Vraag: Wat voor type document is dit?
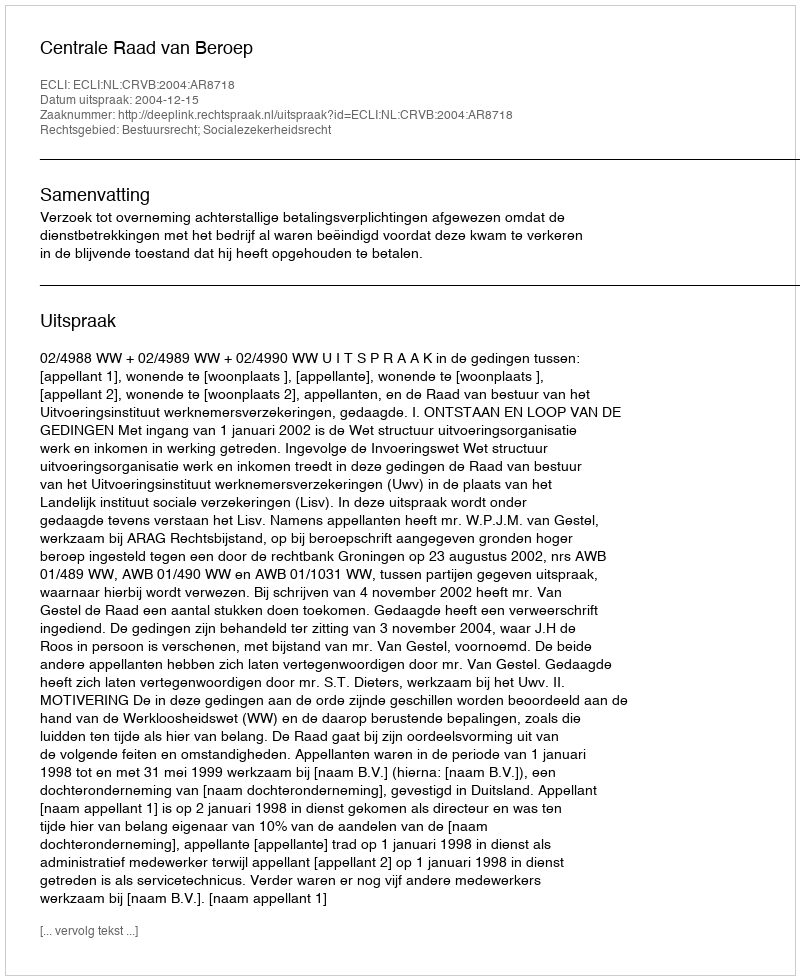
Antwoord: Uitspraak